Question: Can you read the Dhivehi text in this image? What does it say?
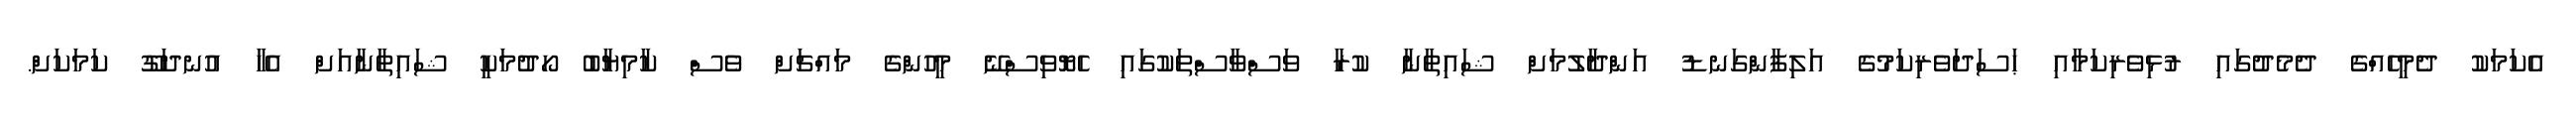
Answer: އެކަމަކު ދެމީހެއްގެ ދެމެދުގައި ރުޅިވެރިކަމާއި ޙަސަދަވެރިކަމުގެ އަލިފާންގަނޑު އަންދާލުމަށް ޝައިޠާނާ ކުރާ ވަސްވާސްތަކުގައި ހެޔޮވިސްނޭ މީހުންގެ މައްޗަށް ވެސް ކާމިޔާބު ހޯދުމަކީ ޝައިޠާނާއަށް އެހާ އުނދަގޫ ކަމަކަށް.